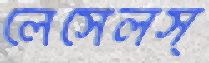
লেসেলস্